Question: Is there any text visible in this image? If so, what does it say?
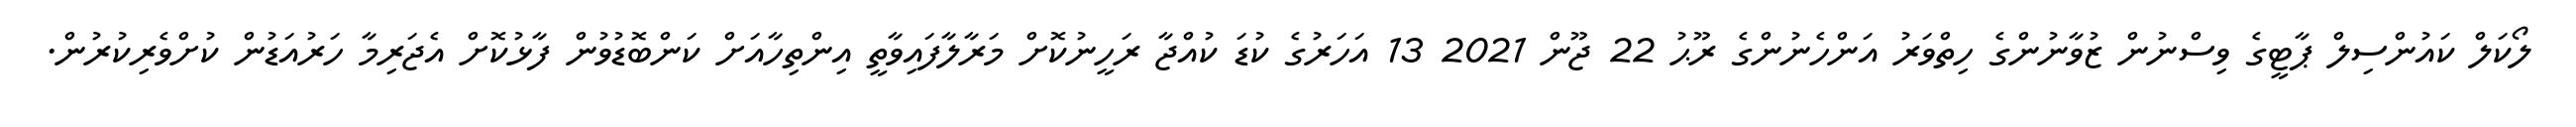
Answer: ލޯކަލް ކައުންސިލް ޕާޓީގެ ވިސްނުން ޒުވާނުންގެ ހިތްވަރު އަންހެނުންގެ ރޫޙު 22 ޖޫން 2021 13 އަހަރުގެ ކުޑަ ކުއްޖާ ރަހީނުކޮށް މަރާލާފައިވާތީ އިންތިހާއަށް ކަންބޮޑުވުން ފާޅުކޮށް އެޖަރިމާ ހަރުއަޑުން ކުށްވެރިކުރުން.